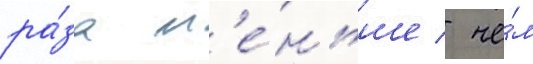
ра́за м'е́ньше / че́м